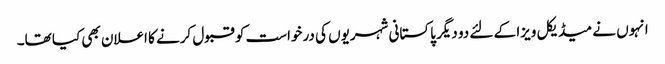
انہوں نے میڈیکل ویزا کے لئے دو دیگر پاکستانی شہریوں کی درخواست کو قبول کرنے کا اعلان بھی کیا تھا۔